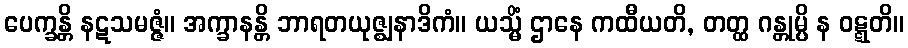
ပေက္ခန္တိ နဋသမဇ္ဇံ။ အက္ခာနန္တိ ဘာရတယုဇ္ဈနာဒိကံ။ ယသ္မိံ ဌာနေ ကထီယတိ, တတ္ထ ဂန္တုမ္ပိ န ဝဋ္ဋတိ။